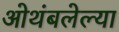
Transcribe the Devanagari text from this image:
ओथंबलेल्या